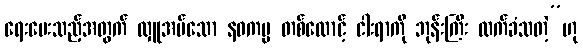
ရေးပေးသည့်အတွက် လှူအပ်သော နဝကမ္မ တစ်ထောင့် ငါးရာကို ဘုန်းကြီး လက်ခံသတဲ့”ဟု